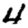
Digit: 4